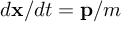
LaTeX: d \mathbf { x } / d t = \mathbf { p } / m